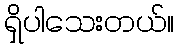
ရှိပါသေးတယ်။